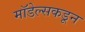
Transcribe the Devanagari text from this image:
मॉडेल्सकडून